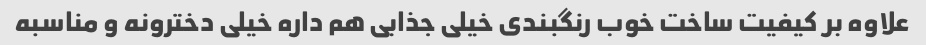
علاوه بر کیفیت ساخت خوب رنگبندی خیلی جذابی هم داره خیلی دخترونه و مناسبه